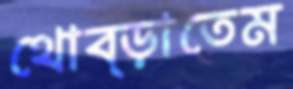
থোব্‌ড়াতেম